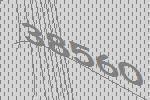
38560